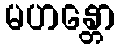
မဟန္တော